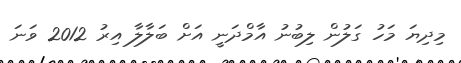
މިދިޔަ މަހު ގަލުން ލިބުނު އާމްދަނީ އަށް ބަލާލާ އިރު 2012 ވަނަ